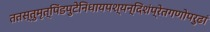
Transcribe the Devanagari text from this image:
ततस्तुमृत्पिंडपुटेनिधायपश्यन्दिशंप्रेतगणोपरुढां